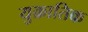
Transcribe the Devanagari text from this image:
युक्रातिक